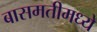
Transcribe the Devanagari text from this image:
बासमतीमध्ये